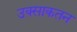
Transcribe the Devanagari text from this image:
उक्साकतन